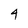
Character: 4